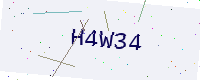
Text: H4W34